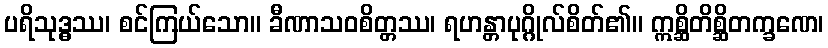
ပရိသုဒ္ဓဿ၊ စင်ကြယ်သော။ ခီဏာသဝစိတ္တဿ၊ ရဟန္တာပုဂ္ဂိုလ်စိတ်၏။ ဣစ္ဆိတိစ္ဆိတက္ခဏေ၊